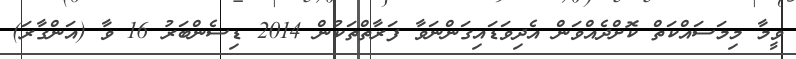
ވީމާ މިމަސައްކަތް ކޮށްދެއްވަން އެދިވަޑައިގަންނަވާ ފަރާތްތަކުން 2014 ޑިސެންބަރު 16 ވާ (އަންގާރަ)